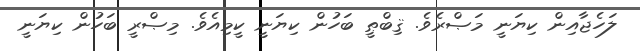
ލަހެޖާއިން ކިޔަނީ މަޞްރެވެ. ޤިބްޠީ ބަހުން ކިޔަނީ ކީމިއެވެ. މިޞްރީ ބަހުން ކިޔަނީ